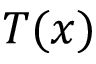
T ( x )